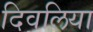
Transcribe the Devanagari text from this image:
दिवलिया